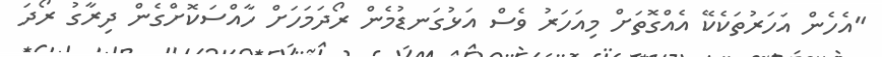
"އެހެން އަހަރުތަކެކޭ އެއްގޮތަށް މިއަހަރު ވެސް އަޅުގަނޑުމެން ރޯދަމަހަށް ހާއްސަކޮށްގެން ދިރާގު ރޯދަ